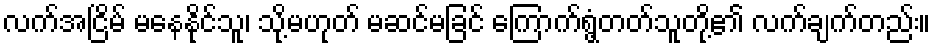
လက်အငြိမ် မနေနိုင်သူ၊ သို့မဟုတ် မဆင်မခြင် ကြောက်ရွံ့တတ်သူတို့၏ လက်ချက်တည်း။